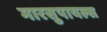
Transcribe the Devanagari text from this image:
मारसुपायल्स